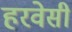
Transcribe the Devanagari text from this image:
हरवेसी